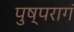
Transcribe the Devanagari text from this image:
पुष्परागं